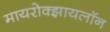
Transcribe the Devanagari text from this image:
मायरोक्झायलॉन